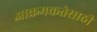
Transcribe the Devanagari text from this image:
आक्रमकतेसाठी